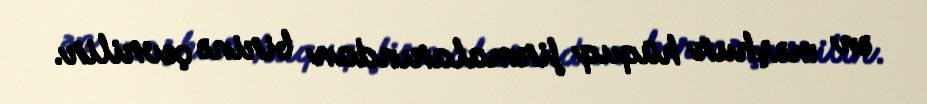
ən məşhur hüquq firmalarından birinə çevrilir.